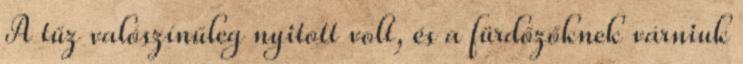
A tűz valószínűleg nyitott volt, és a fürdőzőknek várniuk